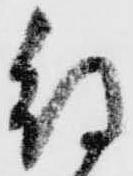
待